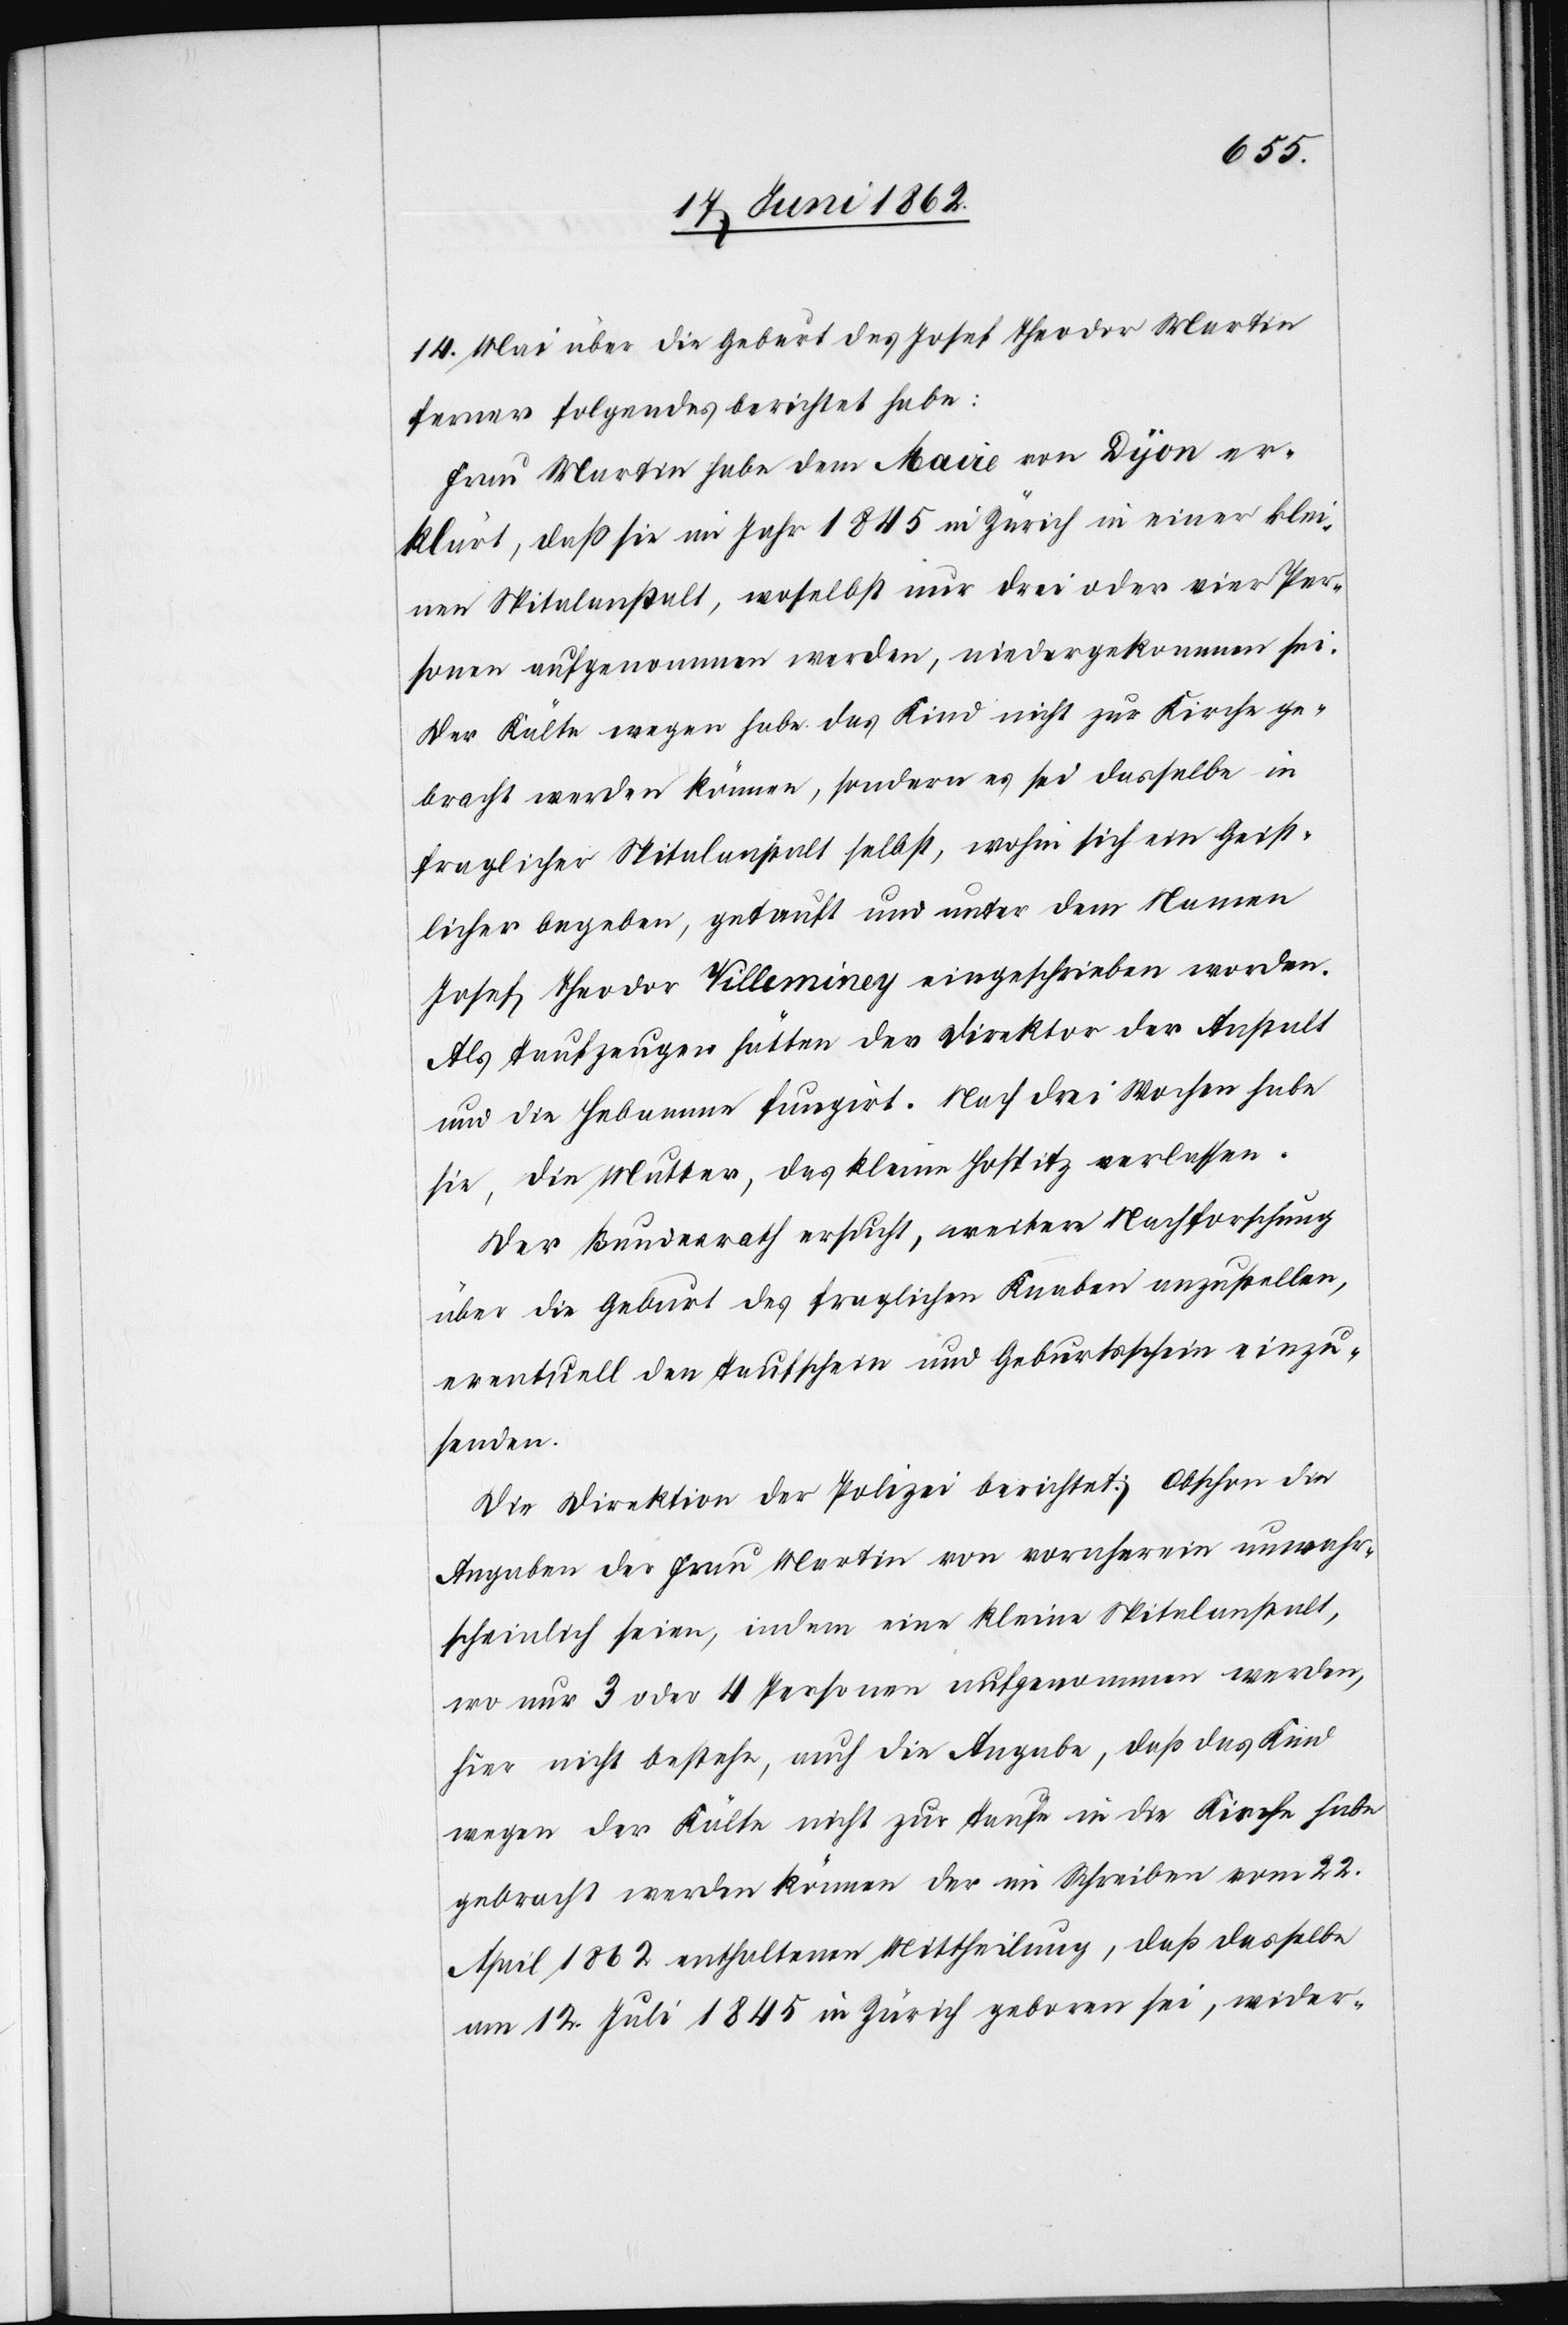
14. Mai über die Geburt des Josef Theodor Martin
ferner folgendes berichtet habe:
Frau Martin habe dem Maire von Dijon er¬
klärt, daß sie im Jahr 1845 in Zürich in einer klei¬
nen Spitalanstalt, woselbst nur drei oder vier Per¬
sonen aufgenommen werden, niedergekommen sei.
Der Kälte wegen habe das Kind nicht zur Kirche ge¬
bracht werden können, sondern es sei daselbst in
fraglicher Spitalanstalt selbst, wohin sich ein Geist¬
licher begeben, getauft und unter dem Namen
Josef Theodor Villeminey eingeschrieben worden.
Als Taufzeugen hätten der Direktor der Anstalt
und die Hebamme fungirt. Nach drei Wochen habe
sie, die Mutter, das kleine Hospitz verlassen.
Der Bundesrath ersucht, weitere Nachforschung
über die Geburt des fraglichen Knaben anzustellen,
eventuell den Taufschein und Geburtsschein einzu¬
senden.
Die Direktion der Polizei berichtet: Obschon die
Angaben der Frau Martin von vorneherein unwahr¬
scheinlich seien, indem eine kleine Spitalanstalt,
wo nur 3 oder 4 Personen aufgenommen werden,
hier nicht bestehe, auch die Angabe, daß das Kind
wegen der Kälte nicht zur Taufe in die Kirche habe
gebracht werden können der im Schreiben vom 22.
April 1862 enthaltenen Mittheilung, daß dasselbe
am 12. Juli 1845 in Zürich geboren sei, wider-